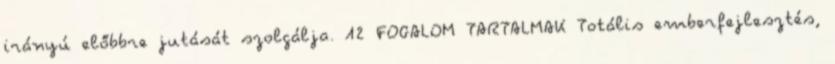
irányú előbbre jutását szolgálja. 12 FOGALOM TARTALMAK Totális emberfejlesztés,